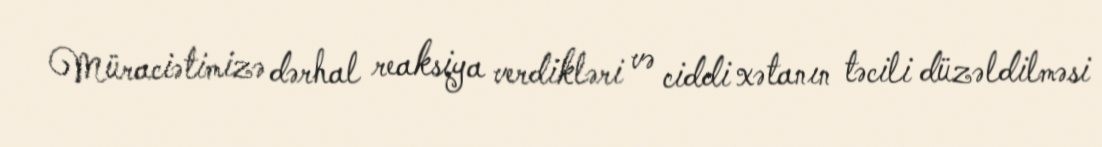
Müraciətimizə dərhal reaksiya verdikləri və ciddi xətanın təcili düzəldilməsi